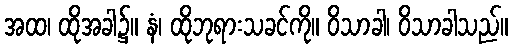
အထ၊ ထိုအခါ၌။ နံ၊ ထိုဘုရားသခင်ကို။ ဝိသာခါ၊ ဝိသာခါသည်။